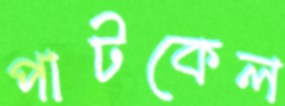
পাটকেল